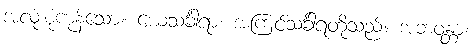
အလုံးစုံကုန်သော။ ယေသင်္ခါရာ၊ အကြင်သင်္ခါရတို့သည်။ အဘဝန္တာ၊